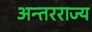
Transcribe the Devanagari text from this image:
अन्तरराज्य